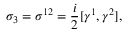
\sigma _ { 3 } = \sigma ^ { 1 2 } = { \frac { i } { 2 } } [ \gamma ^ { 1 } , \gamma ^ { 2 } ] ,